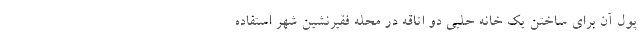
پول آن برای ساختن یک خانه حلبی دو اتاقه در محله فقیرنشین شهر استفاده